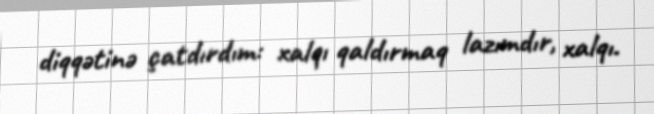
diqqətinə çatdırdım: xalqı qaldırmaq lazımdır, xalqı.